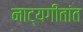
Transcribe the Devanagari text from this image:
नाट्यगीतांत